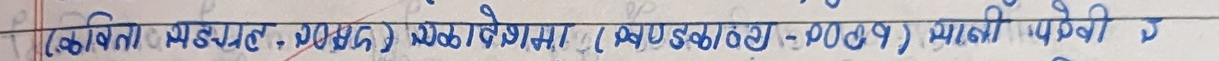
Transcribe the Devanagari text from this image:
(बहिनी मङलवार : गुलरड) मङलवार (अस्पताल - २०२१) मानी पेरी उ